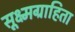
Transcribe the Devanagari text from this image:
सूक्ष्मग्राहिता